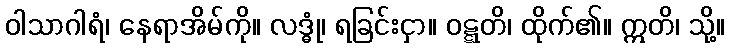
ဝါသာဂါရံ၊ နေရာအိမ်ကို။ လဒ္ဓုံ၊ ရခြင်းငှာ။ ဝဋ္ဋတိ၊ ထိုက်၏။ ဣတိ၊ သို့။